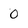
Character: 0